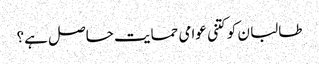
طالبا ن کو کتنی عوامی حمایت حاصل ہے؟